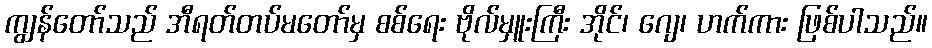
ကျွန်တော်သည် အီရတ်တပ်မတော်မှ စစ်ရေး ဗိုလ်မှူးကြီး အိုင်၊ ဂျေ၊ ဟက်ကား ဖြစ်ပါသည်။